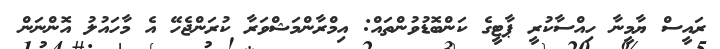
ރައީސް ޔާމީނާ ހިއްސާކުރީ ޕާޓީގެ ކަންބޮޑުވުންތައް: އިމްރާންމަޝްވަރާ ކުރަންޖެހޭ އެ މާހައުލު އޮންނަން